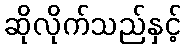
ဆိုလိုက်သည်နှင့်